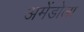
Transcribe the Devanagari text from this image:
अमेंडोला